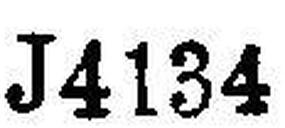
J4134